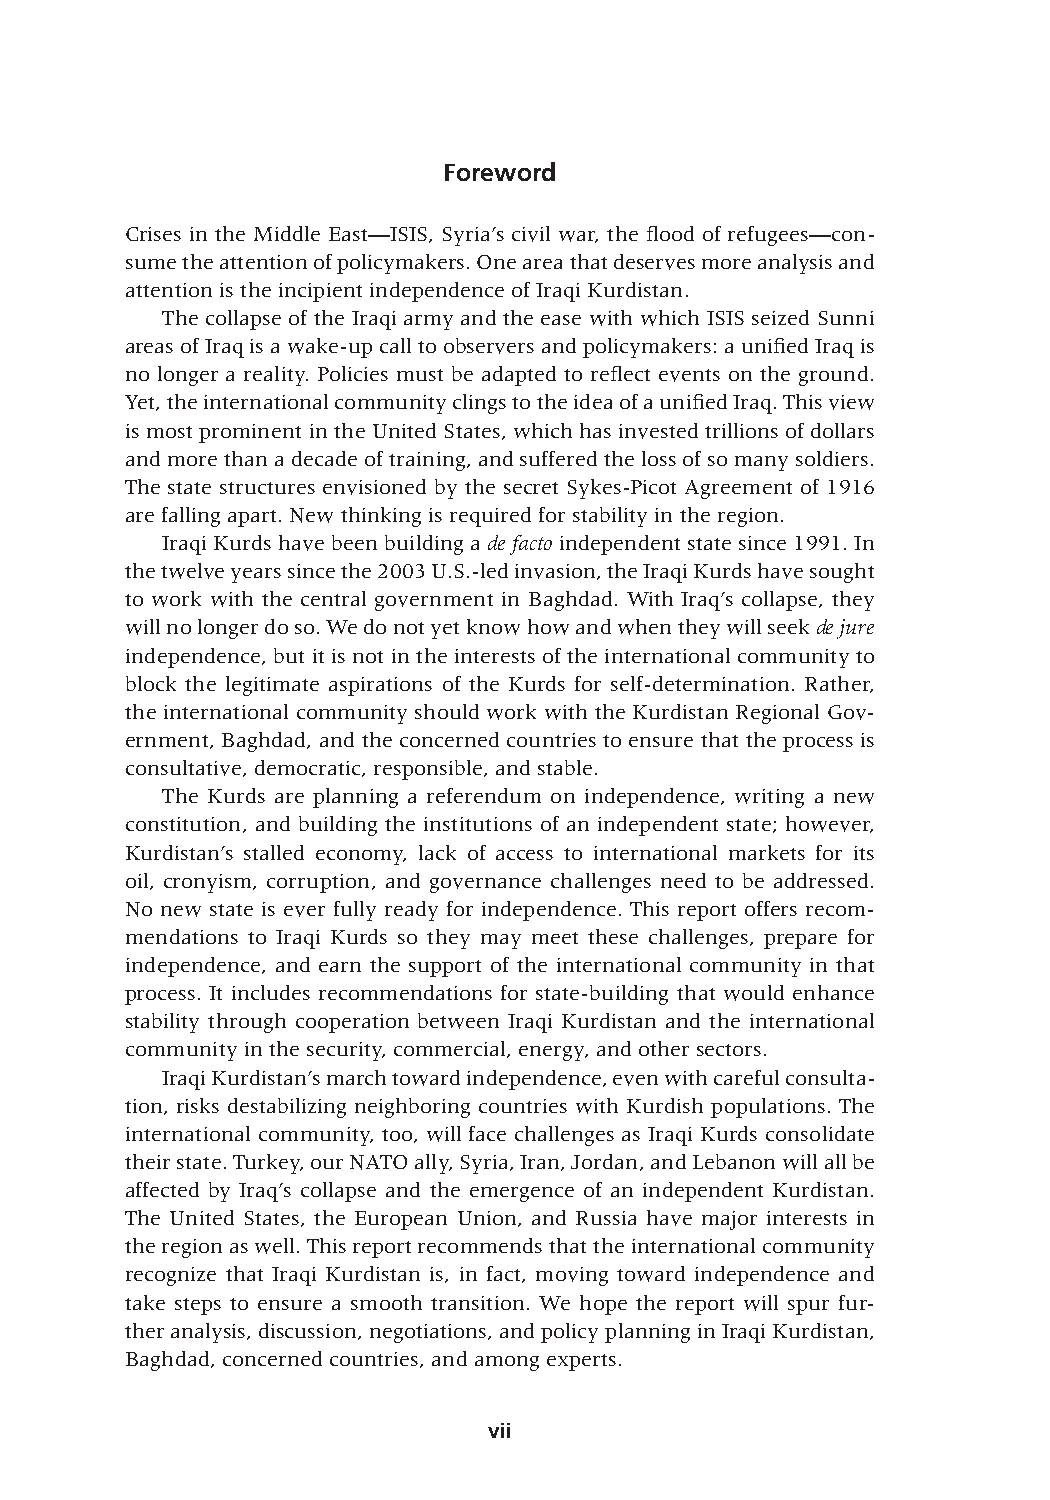
Foreword
 Crises in the Middle East—ISIS, Syria’s civil war, the flood of refugees—con-
 sume the attention of policymakers. One area that deserves more analysis and
 attention is the incipient independence of Iraqi Kurdistan.
 The collapse of the Iraqi army and the ease with which ISIS seized Sunni
 areas of Iraq is a wake-up call to observers and policymakers: a unified Iraq is
 no longer a reality. Policies must be adapted to reflect events on the ground.
 Yet, the international community clings to the idea of a unified Iraq. This view
 is most prominent in the United States, which has invested trillions of dollars
 and more than a decade of training, and suffered the loss of so many soldiers.
 The state structures envisioned by the secret Sykes-Picot Agreement of 1916
 are falling apart. New thinking is required for stability in the region.
 Iraqi Kurds have been building a de facto independent state since 1991. In
 the twelve years since the 2003 U.S.-led invasion, the Iraqi Kurds have sought
 to work with the central government in Baghdad. With Iraq’s collapse, they
 will no longer do so. We do not yet know how and when they will seek de jure
 independence, but it is not in the interests of the international community to
 block the legitimate aspirations of the Kurds for self-determination. Rather,
 the international community should work with the Kurdistan Regional Gov-
 ernment, Baghdad, and the concerned countries to ensure that the process is
 consultative, democratic, responsible, and stable.
 The Kurds are planning a referendum on independence, writing a new
 constitution, and building the institutions of an independent state; however,
 Kurdistan’s stalled economy, lack of access to international markets for its
 oil, cronyism, corruption, and governance challenges need to be addressed.
 No new state is ever fully ready for independence. This report offers recom-
 mendations to Iraqi Kurds so they may meet these challenges, prepare for
 independence, and earn the support of the international community in that
 process. It includes recommendations for state-building that would enhance
 stability through cooperation between Iraqi Kurdistan and the international
 community in the security, commercial, energy, and other sectors.
 Iraqi Kurdistan’s march toward independence, even with careful consulta-
 tion, risks destabilizing neighboring countries with Kurdish populations. The
 international community, too, will face challenges as Iraqi Kurds consolidate
 their state. Turkey, our NATO ally, Syria, Iran, Jordan, and Lebanon will all be
 affected by Iraq’s collapse and the emergence of an independent Kurdistan.
 The United States, the European Union, and Russia have major interests in
 the region as well. This report recommends that the international community
 recognize that Iraqi Kurdistan is, in fact, moving toward independence and
 take steps to ensure a smooth transition. We hope the report will spur fur-
 ther analysis, discussion, negotiations, and policy planning in Iraqi Kurdistan,
 Baghdad, concerned countries, and among experts.
 vii